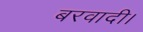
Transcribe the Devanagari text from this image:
बरवादी।